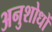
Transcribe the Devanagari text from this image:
अनुशोधों